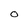
Character: O